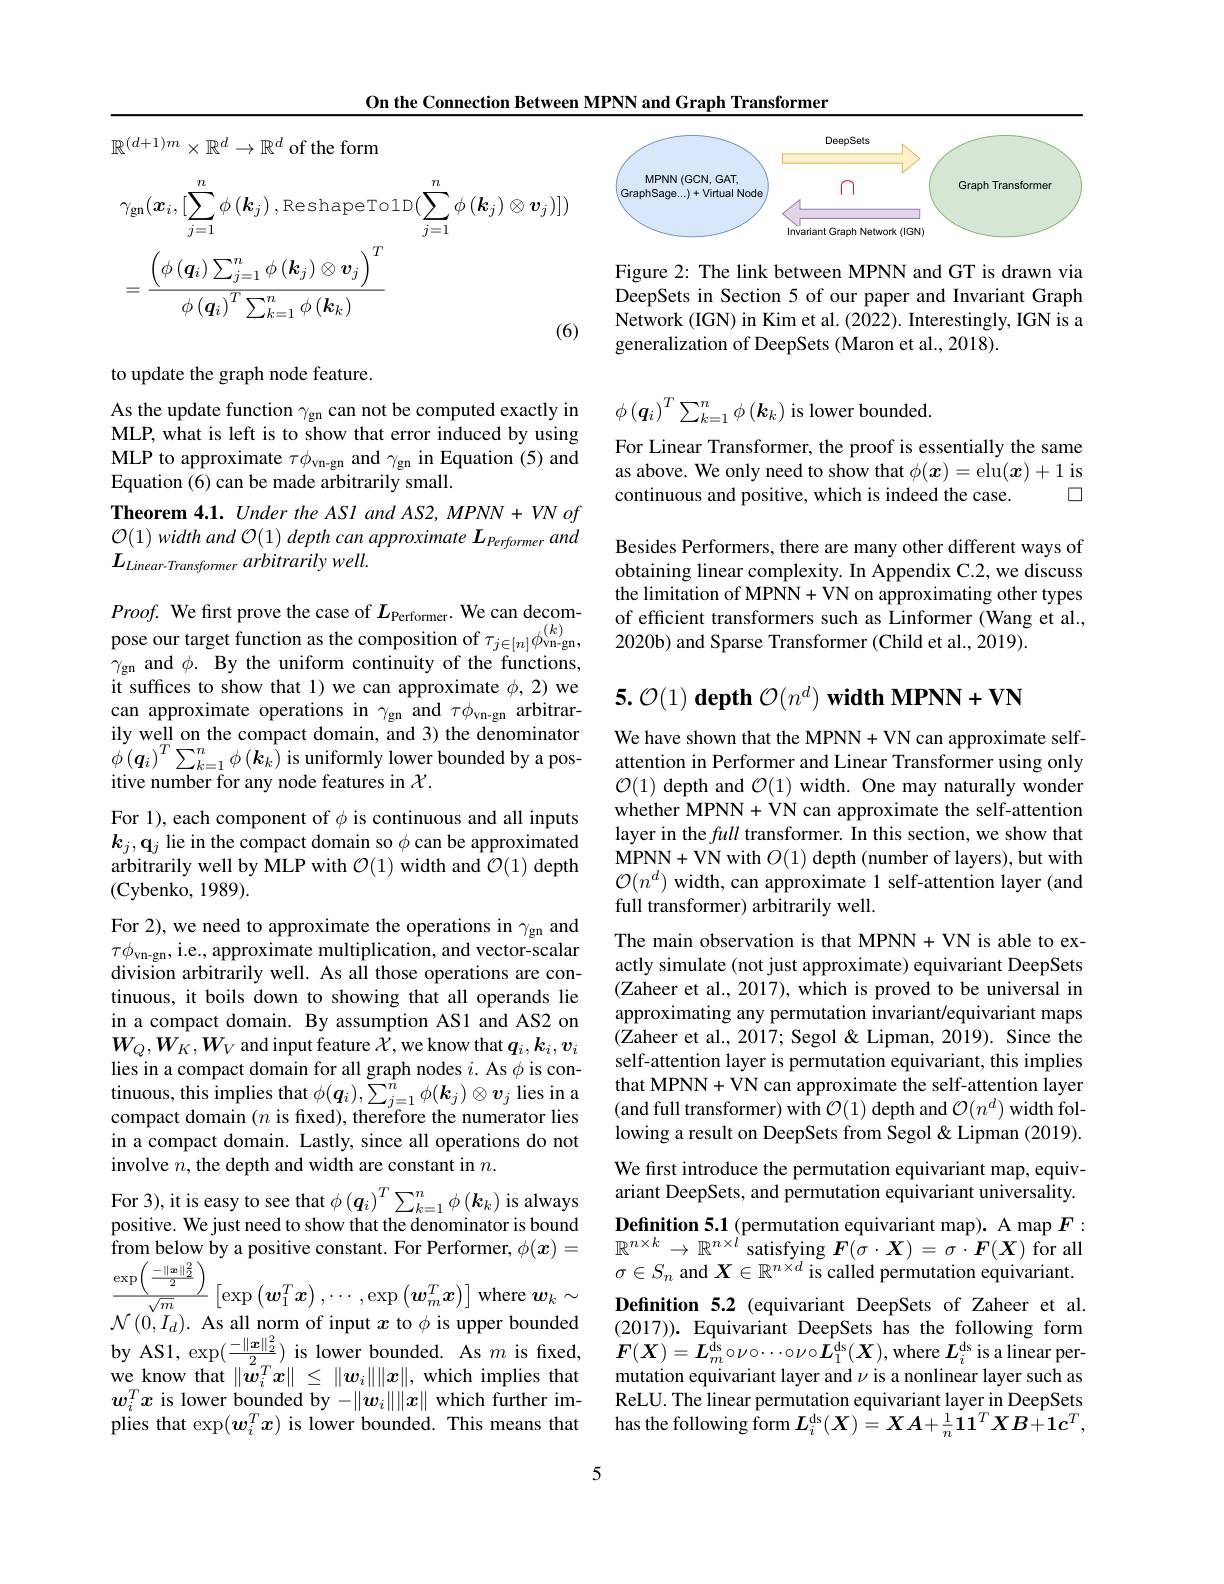
$\mathbb{R}^{(d+1)m}\times\mathbb{R}^d\to\mathbb{R}^d$ of the form
$$\begin{aligned}&\gamma_{\mathrm{gn}}(\boldsymbol{x}_{i},[\sum_{j=1}^{n}\phi\left(\boldsymbol{k}_{j}\right),\mathrm{ReshapeTo1D}(\sum_{j=1}^{n}\phi\left(\boldsymbol{k}_{j}\right)\otimes\boldsymbol{v}_{j})])\\&=\frac{\left(\phi\left(\boldsymbol{q}_{i}\right)\sum_{j=1}^{n}\phi\left(\boldsymbol{k}_{j}\right)\otimes\boldsymbol{v}_{j}\right)^{T}}{\phi\left(\boldsymbol{q}_{i}\right)^{T}\sum_{k=1}^{n}\phi\left(\boldsymbol{k}_{k}\right)}\end{aligned}$$
to update the graph node feature.

As the update function $\gamma_\mathrm{gn}$ can not be computed exactly in MLP, what is left is to show that error induced by using MLP to approximate $\tau\phi_\mathrm{vn-gn}$ and $\gamma_\mathrm{gn}$ in Equation (5) and Equation (6) can be made arbitrarily small.
Theorem 4.1. Under the ASl and AS2, MPNN+ VN of $\mathcal{O}(1)$ width and $\mathcal{O}(1)$ depth can approximate $L_\text{Performer}$ and $L_{Linear- Transfomer}$ arbitrarily $well.$

$Proof.$ We first prove the case of $L_{\mathrm{Performer. ~We~can~decom- }}$ pose our target function as the composition of $\tau _{j\in [ n] }\phi _{\mathrm{vn- gn}}^{( k) }$, $\gamma_{\mathrm{gn}}$ and $\phi . \textbf{By the uniform continuity of the functions, }$ it suffices to show that 1) we can approximate $\phi,2)$ we can approximate operations in $\gamma_\mathrm{gn}$ and $\tau\phi_\mathrm{vn-gn}$ arbitrarily well on the compact domain, and 3) the denominator $\phi\left(\boldsymbol{q}_{i}\right)^{T}\sum_{k=1}^{n}\phi\left(\boldsymbol{k}_{k}\right)$is uniformly lower bounded by a positive number for any node features in $\mathcal{X}.$

For 1), each component of $\phi$ is continuous and all inputs $k_j,\mathbf{q}_j$ lie in the compact domain so $\phi$ can be approximated arbitrarily well by MLP with $\mathcal{O}(1)$ width and $\mathcal{O}(1)$ depth (Cybenko, 1989).

For 2), we need to approximate the operations in $\gamma_\mathrm{gn}$ and $\tau\phi_{\mathrm{vn-gn}}$, i.e., approximate multiplication, and vector-scalar division arbitrarily well. As all those operations are continuous, it boils down to showing that all operands lie in a compact domain. By assumption AS1 and AS2 on $W_{Q},W_{K},W_{V}$ and input feature $\hat{\mathcal{X}}$,we know that $q_i,k_i,v_i$ lies in a compact domain for all graph nodes $i.$ As $\phi$ is continuous, this implies that $\phi(\boldsymbol q_i),\tilde{\sum}_{j=1}^{\hat{n}}\phi(\boldsymbol{k}_j)\otimes\boldsymbol{v}_j$ lies in a compact domain $(n$ is fixed), therefore the numerator lies in a compact domain. Lastly, since all operations do not involve $n$,the depth and width are constant in $n.$
For 3),it is easy to see that $\phi\left(\boldsymbol q_i\right)^T\sum_{k=1}^n\phi\left(\boldsymbol{k}_k\right)$ is always positive. We just need to show that the denominator is bound from below by a positive constant. For Performer, $\phi(\boldsymbol{x})=$ $\frac{\exp\left(\frac{-\|\boldsymbol{x}\|_{2}^{2}}{2}\right)}{\sqrt{m}}\left[\exp\left(\boldsymbol{w}_{1}^{T}\boldsymbol{x}\right),\cdots,\exp\left(\boldsymbol{w}_{m}^{T}\boldsymbol{x}\right)\right]$where $\boldsymbol w_k\sim$ $\mathcal{N}(0,I_{d}).$ As all norm of input $x$ to $\phi$ is upper bounded by AS1, exp$(\frac{-\|\boldsymbol{x}\|_{2}^{2}}{2})$ is lower bounded. As $m$ is fixed, we know that $\|\tilde{\boldsymbol{w}}_i^Tx\|\leq\|\boldsymbol{w}_i\|\|x\|$, which implies that $w_i^Tx$ is lower bounded by $-\|\boldsymbol{w}_i\|\|\boldsymbol{x}\|$ which further implies that $\exp(\boldsymbol w_i^T\boldsymbol x)$ is lower bounded. This means that

On the Connection Between MPNN and Graph Transformer
<FigureHere>

Figure 2: The link between MPNN and GT is drawn via DeepSets in Section 5 of our paper and Invariant Graph Network (IGN) in Kim et al. (2022). Interestingly, IGN is a generalization of DeepSets (Maron et al., 2018).

$\phi\left(\boldsymbol{q}_i\right)^T\sum_{k=1}^n\phi\left(\boldsymbol{k}_k\right)$is lower bounded.

For Linear Transformer, the proof is essentially the same as above. We only need to show that $\phi(x)=$elu$(\boldsymbol x)+1$ is
口
continuous and positive, which is indeed the case

Besides Performers, there are many other different ways of obtaining linear complexity. In Appendix C.2, we discuss the limitation of MPNN+ VN on approximating other types of efficient transformers such as Linformer (Wang et al., 2020b) and Sparse Transformer (Child et al., 2019).

# $\mathbf{5. ~}\mathcal{O} ( 1) \textbf{ depth }\mathcal{O} ( n^d) \textbf{ width MPNN}+ \mathbf{VN}$

We have shown that the MPNN+ VN can approximate selfattention in Performer and Linear Transformer using only $\mathcal{O}(1)$ depth and $\mathcal{O}(1)$ width. One may naturally wonder whether MPNN+ VN can approximate the self-attention layer in the full transformer. In this section, we show that MPNN+ VN with $O( 1)$ depth (number of layers), but with $\mathcal{O}(n^d)$ width, can approximate 1 self-attention layer (and full transformer) arbitrarily well.

The main observation is that MPNN+ VN is able to exactly simulate (not just approximate) equivariant DeepSets (Zaheer et al., 2017), which is proved to be universal in approximating any permutation invariant/equivariant maps (Zaheer et al., 2017; Segol & Lipman, 2019). Since the self-attention layer is permutation equivariant, this implies that MPNN+ VN can approximate the self-attention layer (and full transformer) with $\mathcal{O}(1)$ depth and $\mathcal{O}(n^d)$ width following a result on DeepSets from Segol &Lipman (2019). We first introduce the permutation equivariant map, equivariant DeepSets, and permutation equivariant universality. Definition 5.1 (permutation equivariant map). A map $F:$ $\mathbb{R}^{n\times k}\to\mathbb{R}^{n\times l}$satisfying $F(\sigma\cdot\boldsymbol X)=\sigma\cdot\boldsymbol F(\boldsymbol X)$ for all $\sigma\in S_n$ and $X\in\mathbb{R}^n\times d$ is called permutation equivariant. Definition 5.2 (equivariant DeepSets of Zaheer et al. (2017)). Equivariant DeepSets has the following form $\boldsymbol{F}(\boldsymbol{X})=\boldsymbol{L}_{m}^{\bar{\mathrm{ds}}}\circ\nu\circ\cdots\circ\nu\circ\boldsymbol{L}_{1}^{\mathrm{ds}}(\boldsymbol{X})$,where $\boldsymbol L_i^\mathrm{ds}$ is a linear permutation equivariant layer and $\nu$ is a nonlinear layer such as ReLU. The linear permutation equivariant layer in DeepSets ${\text{has the following form}}\boldsymbol{L}_{i}^{\mathrm{ds}}(\boldsymbol{X})=\boldsymbol{X}\boldsymbol{A}+\frac{1}{n}\dot{\mathbf{1}}1^{T}\boldsymbol{X}\boldsymbol{B}+\dot{\mathbf{1}}\boldsymbol{c}^{T}$,

5